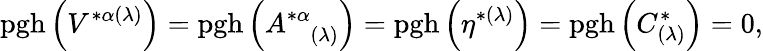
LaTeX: \mathrm{pgh}\left(V^{*\alpha(\lambda)}\right)=\mathrm{pgh}\left(A_{\; \; \; (\lambda)}^{*\alpha}\right)=\mathrm{pgh}\left(\eta^{*(\lambda)}\right)=\mathrm{pgh}\left(C_{(\lambda)}^{*}\right)=0,